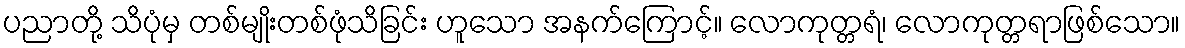
ပညာတို့ သိပုံမှ တစ်မျိုးတစ်ဖုံသိခြင်း ဟူသော အနက်ကြောင့်။ လောကုတ္တရံ၊ လောကုတ္တရာဖြစ်သော။